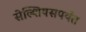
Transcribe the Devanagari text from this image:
सेल्शियसपर्यंत